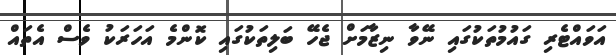
އަވައްޓެރި ގައުމުތަކުގައި ނޭވާ ނިޒާމަށް ޖެހޭ ބަލިތަކުގައި ކޮންމެ އަހަރަކު ވެސް އެތައް